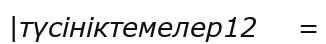
|түсініктемелер12    =